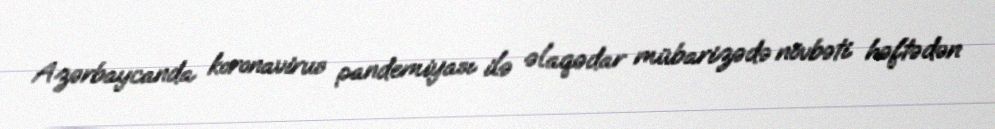
Azərbaycanda koronavirus pandemiyası ilə əlaqədar mübarizədə növbəti həftədən